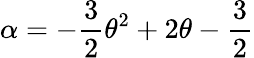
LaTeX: \alpha=-\frac{3}{2}\theta^{2}+2\theta-\frac{3}{2}